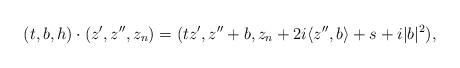
LaTeX: \begin{align*} (t,b,h)\cdot (z',z'',z_n) = (tz',z''+b,z_n+2i\langle z'', b\rangle+s+i|b|^2),\end{align*}